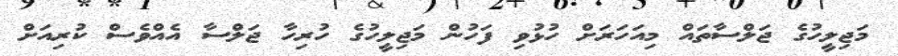
މަޖިލީހުގެ ޖަލްސާތައް މިއަހަރަށް ހުޅުވި ފަހުން މަޖިލީހުގެ ހުރިހާ ޖަލްސާ އެއްވެސް ކުރިއަށް